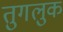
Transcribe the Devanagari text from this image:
तुगलुक